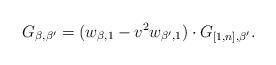
LaTeX: \begin{align*} G_{\beta,\beta'}=(w_{\beta,1}-v^{2}w_{\beta',1})\cdot G_{[1,n],\beta'}.\end{align*}